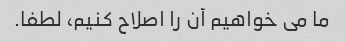
ما می خواهیم آن را اصلاح کنیم، لطفا.